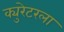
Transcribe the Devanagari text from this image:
क्युरेटरला